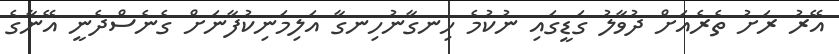
އޭރު ރަށު ތެރެއަށް ދުވާލު ގަޑީގައި ނުކުމެ ހިނގާނުހިނގާ އަލިމަނިކުފާނަށް ގެނެސްދެނީ އޭނާގެ